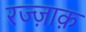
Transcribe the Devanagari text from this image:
रज्ज़ाक़